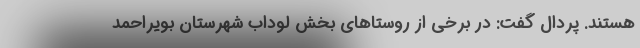
هستند. پردال گفت: در برخی از روستاهای بخش لوداب شهرستان بویراحمد